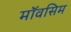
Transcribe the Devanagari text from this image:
मॉवसिम